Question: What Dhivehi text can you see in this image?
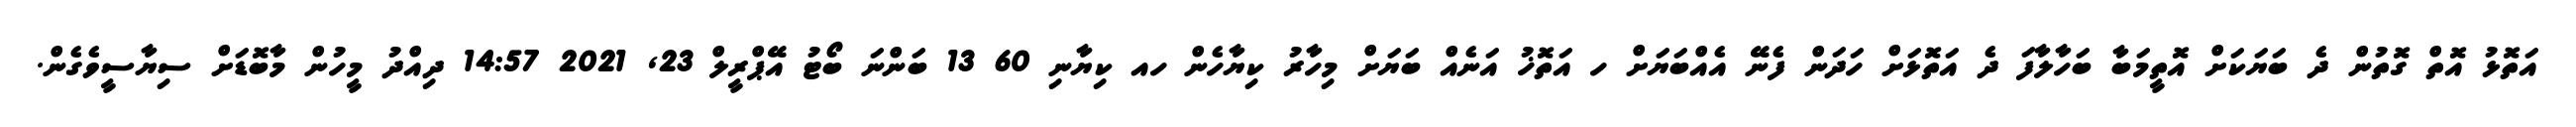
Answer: އަތޮޅު އޮތް ގޮތުން ދެ ބަޔަކަށް އޮތީމަބާ ބަހާލާފަ ދެ އަތޮޅަށް ހަދަން ފެނޭ އެއްބަޔަށް ހ އަތޮޚު އަނެއް ބަޔަށް މިހާރު ކިޔާހެން ހއ ކިޔާނި 60 13 ބަންނަ ބޯޓު އޭޕްރީލް 23, 2021 14:57 ދިއްދު މީހުން މާބޮޑަށް ސިޔާސީވެގެން.